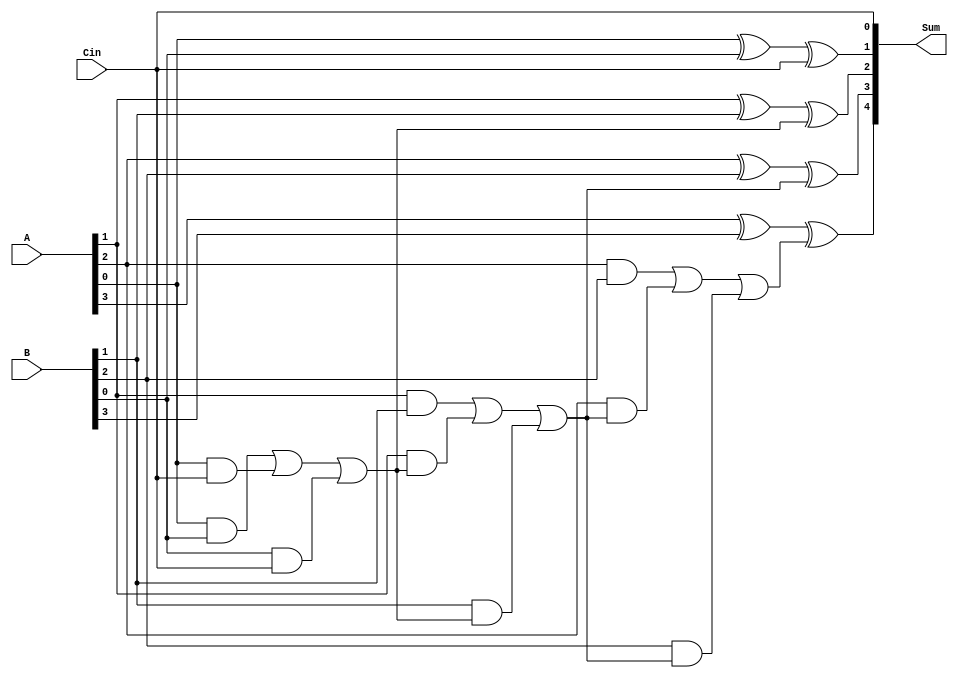
module carry_skip_adder #(parameter N=4) (
    input [N-1:0] A,
    input [N-1:0] B,
    input Cin,
    output [N:0] Sum
);

wire [N:0] C;

assign Sum[0] = Cin;
assign C[0] = Cin;
assign C[N] = 0;

genvar i;
generate
    for (i = 0; i < N; i = i + 1) begin
        assign Sum[i+1] = A[i] ^ B[i] ^ C[i];
        assign C[i+1] = ((A[i] & B[i]) | (A[i] & C[i]) | (B[i] & C[i]));
    end
endgenerate

endmodule